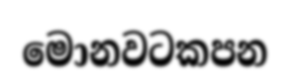
මොනවටකපන